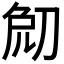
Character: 𠜰